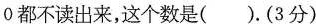
0都不读出来，这个数是( )。(3分)